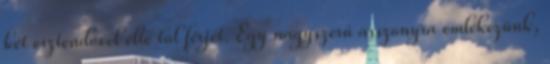
két esztendővel élte túl férjét. Egy nagyszerű asszonyra emlékezünk,